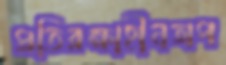
প্রতিরক্ষাহীনঅপ